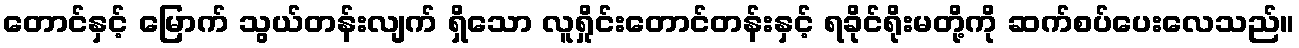
တောင်နှင့် မြောက် သွယ်တန်းလျက် ရှိသော လူရှိုင်းတောင်တန်းနှင့် ရခိုင်ရိုးမတို့ကို ဆက်စပ်ပေးလေသည်။